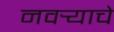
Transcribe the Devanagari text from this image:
नवर्‍याचे